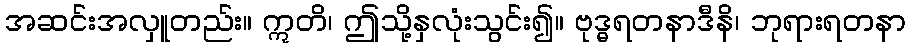
အဆင်းအလှူတည်း။ ဣတိ၊ ဤသို့နှလုံးသွင်း၍။ ဗုဒ္ဓရတနာဒီနိ၊ ဘုရားရတနာ